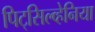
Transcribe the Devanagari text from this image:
पिट्‌सिल्व्हेनिया